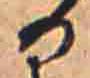
る